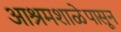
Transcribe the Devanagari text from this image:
आश्रमशाळेपासून